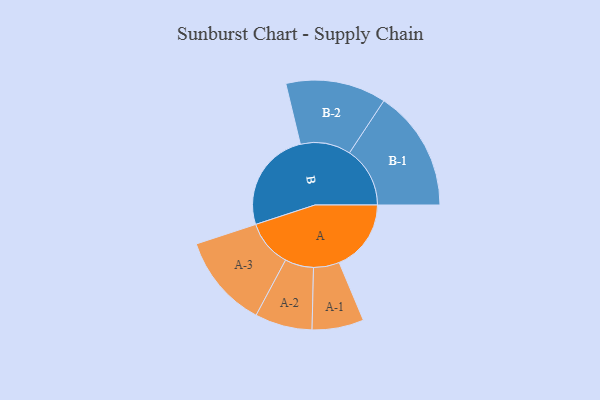
{"axis": {"x": "Segment", "y": "Value"}, "legend": ["", "A", "B"], "data": [{"x": "A", "y": 309, "type": ""}, {"x": "B", "y": 435, "type": ""}, {"x": "A-1", "y": 111, "type": "A"}, {"x": "A-2", "y": 123, "type": "A"}, {"x": "A-3", "y": 201, "type": "A"}, {"x": "B-1", "y": 260, "type": "B"}, {"x": "B-2", "y": 216, "type": "B"}]}